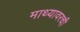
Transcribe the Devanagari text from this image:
माथ्यावरची